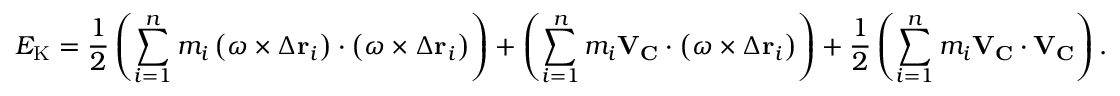
E _ { \mathrm { K } } = { \frac { 1 } { 2 } } \left( \sum _ { i = 1 } ^ { n } m _ { i } \left( { \boldsymbol { \omega } } \times \Delta \mathbf { r } _ { i } \right) \cdot \left( { \boldsymbol { \omega } } \times \Delta \mathbf { r } _ { i } \right) \right) + \left( \sum _ { i = 1 } ^ { n } m _ { i } \mathbf { V } _ { \mathbf { C } } \cdot \left( { \boldsymbol { \omega } } \times \Delta \mathbf { r } _ { i } \right) \right) + { \frac { 1 } { 2 } } \left( \sum _ { i = 1 } ^ { n } m _ { i } \mathbf { V } _ { \mathbf { C } } \cdot \mathbf { V } _ { \mathbf { C } } \right) .